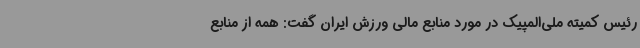
رئیس کمیته ملی‌المپیک در مورد منابع مالی ورزش ایران گفت: همه از منابع